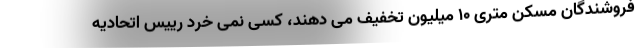
فروشندگان مسکن متری ۱۰ میلیون تخفیف می دهند، کسی نمی خرد رییس اتحادیه